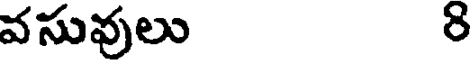
వసువులు 8